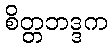
စိတ္တဘဒ္ဒက